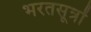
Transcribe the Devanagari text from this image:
भरतसूत्रों